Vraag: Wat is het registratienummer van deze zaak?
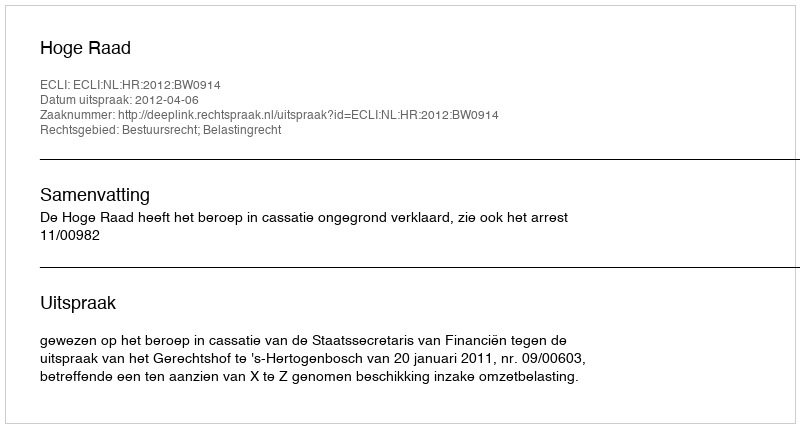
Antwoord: http://deeplink.rechtspraak.nl/uitspraak?id=ECLI:NL:HR:2012:BW0914